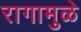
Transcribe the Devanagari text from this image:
रागामुळे